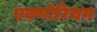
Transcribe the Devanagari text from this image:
एक्गोरिथम